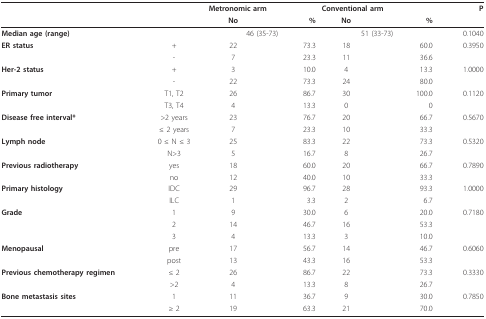
|  |  | <COLSPAN=2> Metronomic arm | <COLSPAN=2> Conventional arm | P |
 |  |  | No | % | No | % |  |
 | --- | --- | --- | --- | --- | --- | --- |
 | Median age (range) |  | <COLSPAN=2> 46 (35-73) | <COLSPAN=2> 51 (33-73) | 0.1040 |
 | ER status | + | 22 | 73.3 | 18 | 60.0 | 0.3950 |
 |  | - | 7 | 23.3 | 11 | 36.6 |  |
 | Her-2 status | + | 3 | 10.0 | 4 | 13.3 | 1.0000 |
 |  | - | 22 | 73.3 | 24 | 80.0 |  |
 | Primary tumor | T1, T2 | 26 | 86.7 | 30 | 100.0 | 0.1120 |
 |  | T3, T4 | 4 | 13.3 | 0 | 0 |  |
 | Disease free interval* | >2 years | 23 | 76.7 | 20 | 66.7 | 0.5670 |
 |  | ≤ 2 years | 7 | 23.3 | 10 | 33.3 |  |
 | Lymph node | 0 ≤ N ≤ 3 | 25 | 83.3 | 22 | 73.3 | 0.5320 |
 |  | N>3 | 5 | 16.7 | 8 | 26.7 |  |
 | Previous radiotherapy | yes | 18 | 60.0 | 20 | 66.7 | 0.7890 |
 |  | no | 12 | 40.0 | 10 | 33.3 |  |
 | Primary histology | IDC | 29 | 96.7 | 28 | 93.3 | 1.0000 |
 |  | ILC | 1 | 3.3 | 2 | 6.7 |  |
 | Grade | 1 | 9 | 30.0 | 6 | 20.0 | 0.7180 |
 |  | 2 | 14 | 46.7 | 16 | 53.3 |  |
 |  | 3 | 4 | 13.3 | 3 | 10.0 |  |
 | Menopausal | pre | 17 | 56.7 | 14 | 46.7 | 0.6060 |
 |  | post | 13 | 43.3 | 16 | 53.3 |  |
 | Previous chemotherapy regimen | ≤ 2 | 26 | 86.7 | 22 | 73.3 | 0.3330 |
 |  | >2 | 4 | 13.3 | 8 | 26.7 |  |
 | Bone metastasis sites | 1 | 11 | 36.7 | 9 | 30.0 | 0.7850 |
 |  | ≥ 2 | 19 | 63.3 | 21 | 70.0 |  |